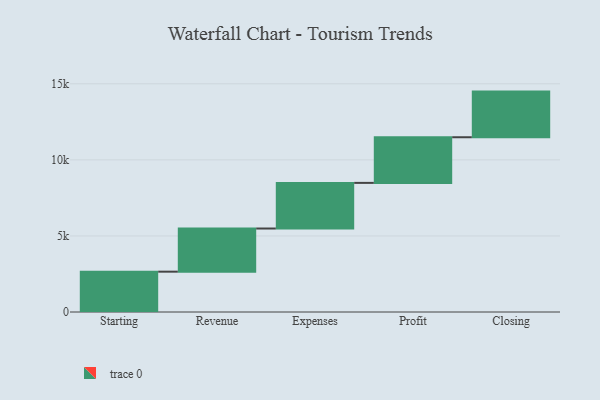
{"axis": {"x": "Step", "y": "Value"}, "legend": [""], "data": [{"x": "Starting", "y": 2651.0, "type": ""}, {"x": "Revenue", "y": 2837.0, "type": ""}, {"x": "Expenses", "y": 3000, "type": ""}, {"x": "Profit", "y": 3000, "type": ""}, {"x": "Closing", "y": 3000, "type": ""}]}